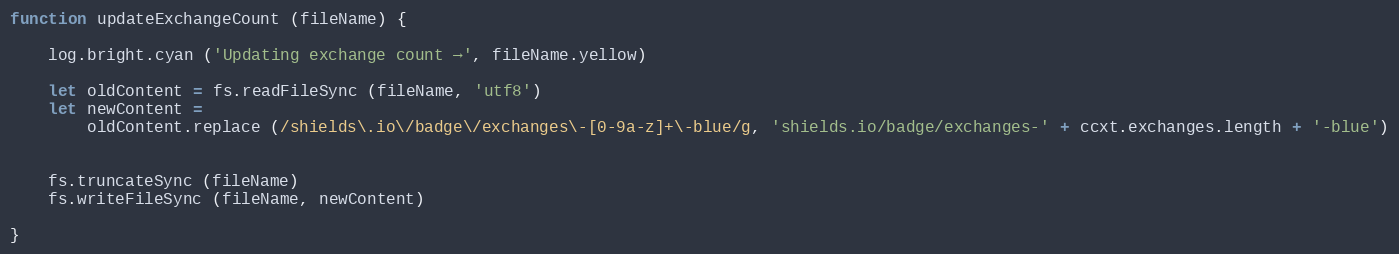
Language: JavaScript
function updateExchangeCount (fileName) {

    log.bright.cyan ('Updating exchange count →', fileName.yellow)

    let oldContent = fs.readFileSync (fileName, 'utf8')
    let newContent =
        oldContent.replace (/shields\.io\/badge\/exchanges\-[0-9a-z]+\-blue/g, 'shields.io/badge/exchanges-' + ccxt.exchanges.length + '-blue')

    fs.truncateSync (fileName)
    fs.writeFileSync (fileName, newContent)

}